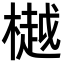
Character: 樾